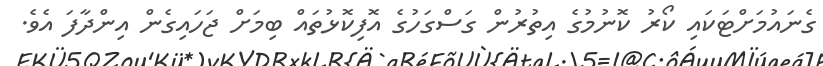
ގެނައުމަށްޓަކައި ކޯރު ކޮނުމުގެ އިތުރުން ގަސްގަހުގެ އޮފިކޮޅުތައް ބިމަށް ޖަހައިގެން އިންދާފަ އެވެ.